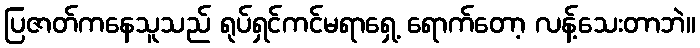
ပြဇာတ်ကနေသူသည် ရုပ်ရှင်ကင်မရာရှေ့ ရောက်တော့ လန့်သေးတာဘဲ။